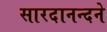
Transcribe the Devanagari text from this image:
सारदानन्दने